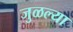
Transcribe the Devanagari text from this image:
जुळल्या